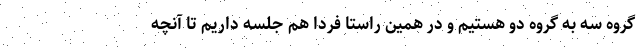
گروه سه به گروه دو هستیم و در همین راستا فردا هم جلسه داریم تا آنچه